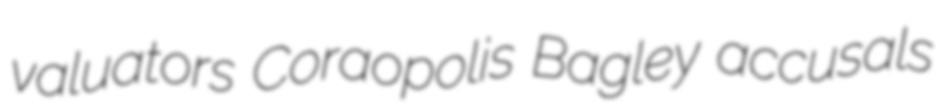
valuators Coraopolis Bagley accusals